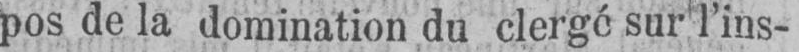
pos de la domination du clergé sur l’ins